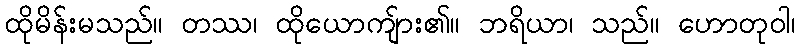
ထိုမိန်းမသည်။ တဿ၊ ထိုယောကျ်ား၏။ ဘရိယာ၊ သည်။ ဟောတုဝါ၊